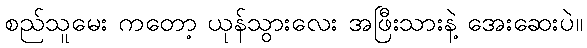
စည်သူမေး ကတော့ ယုန်သွားလေး အဖြီးသားနဲ့ အေးဆေးပဲ။